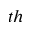
^ { t h }